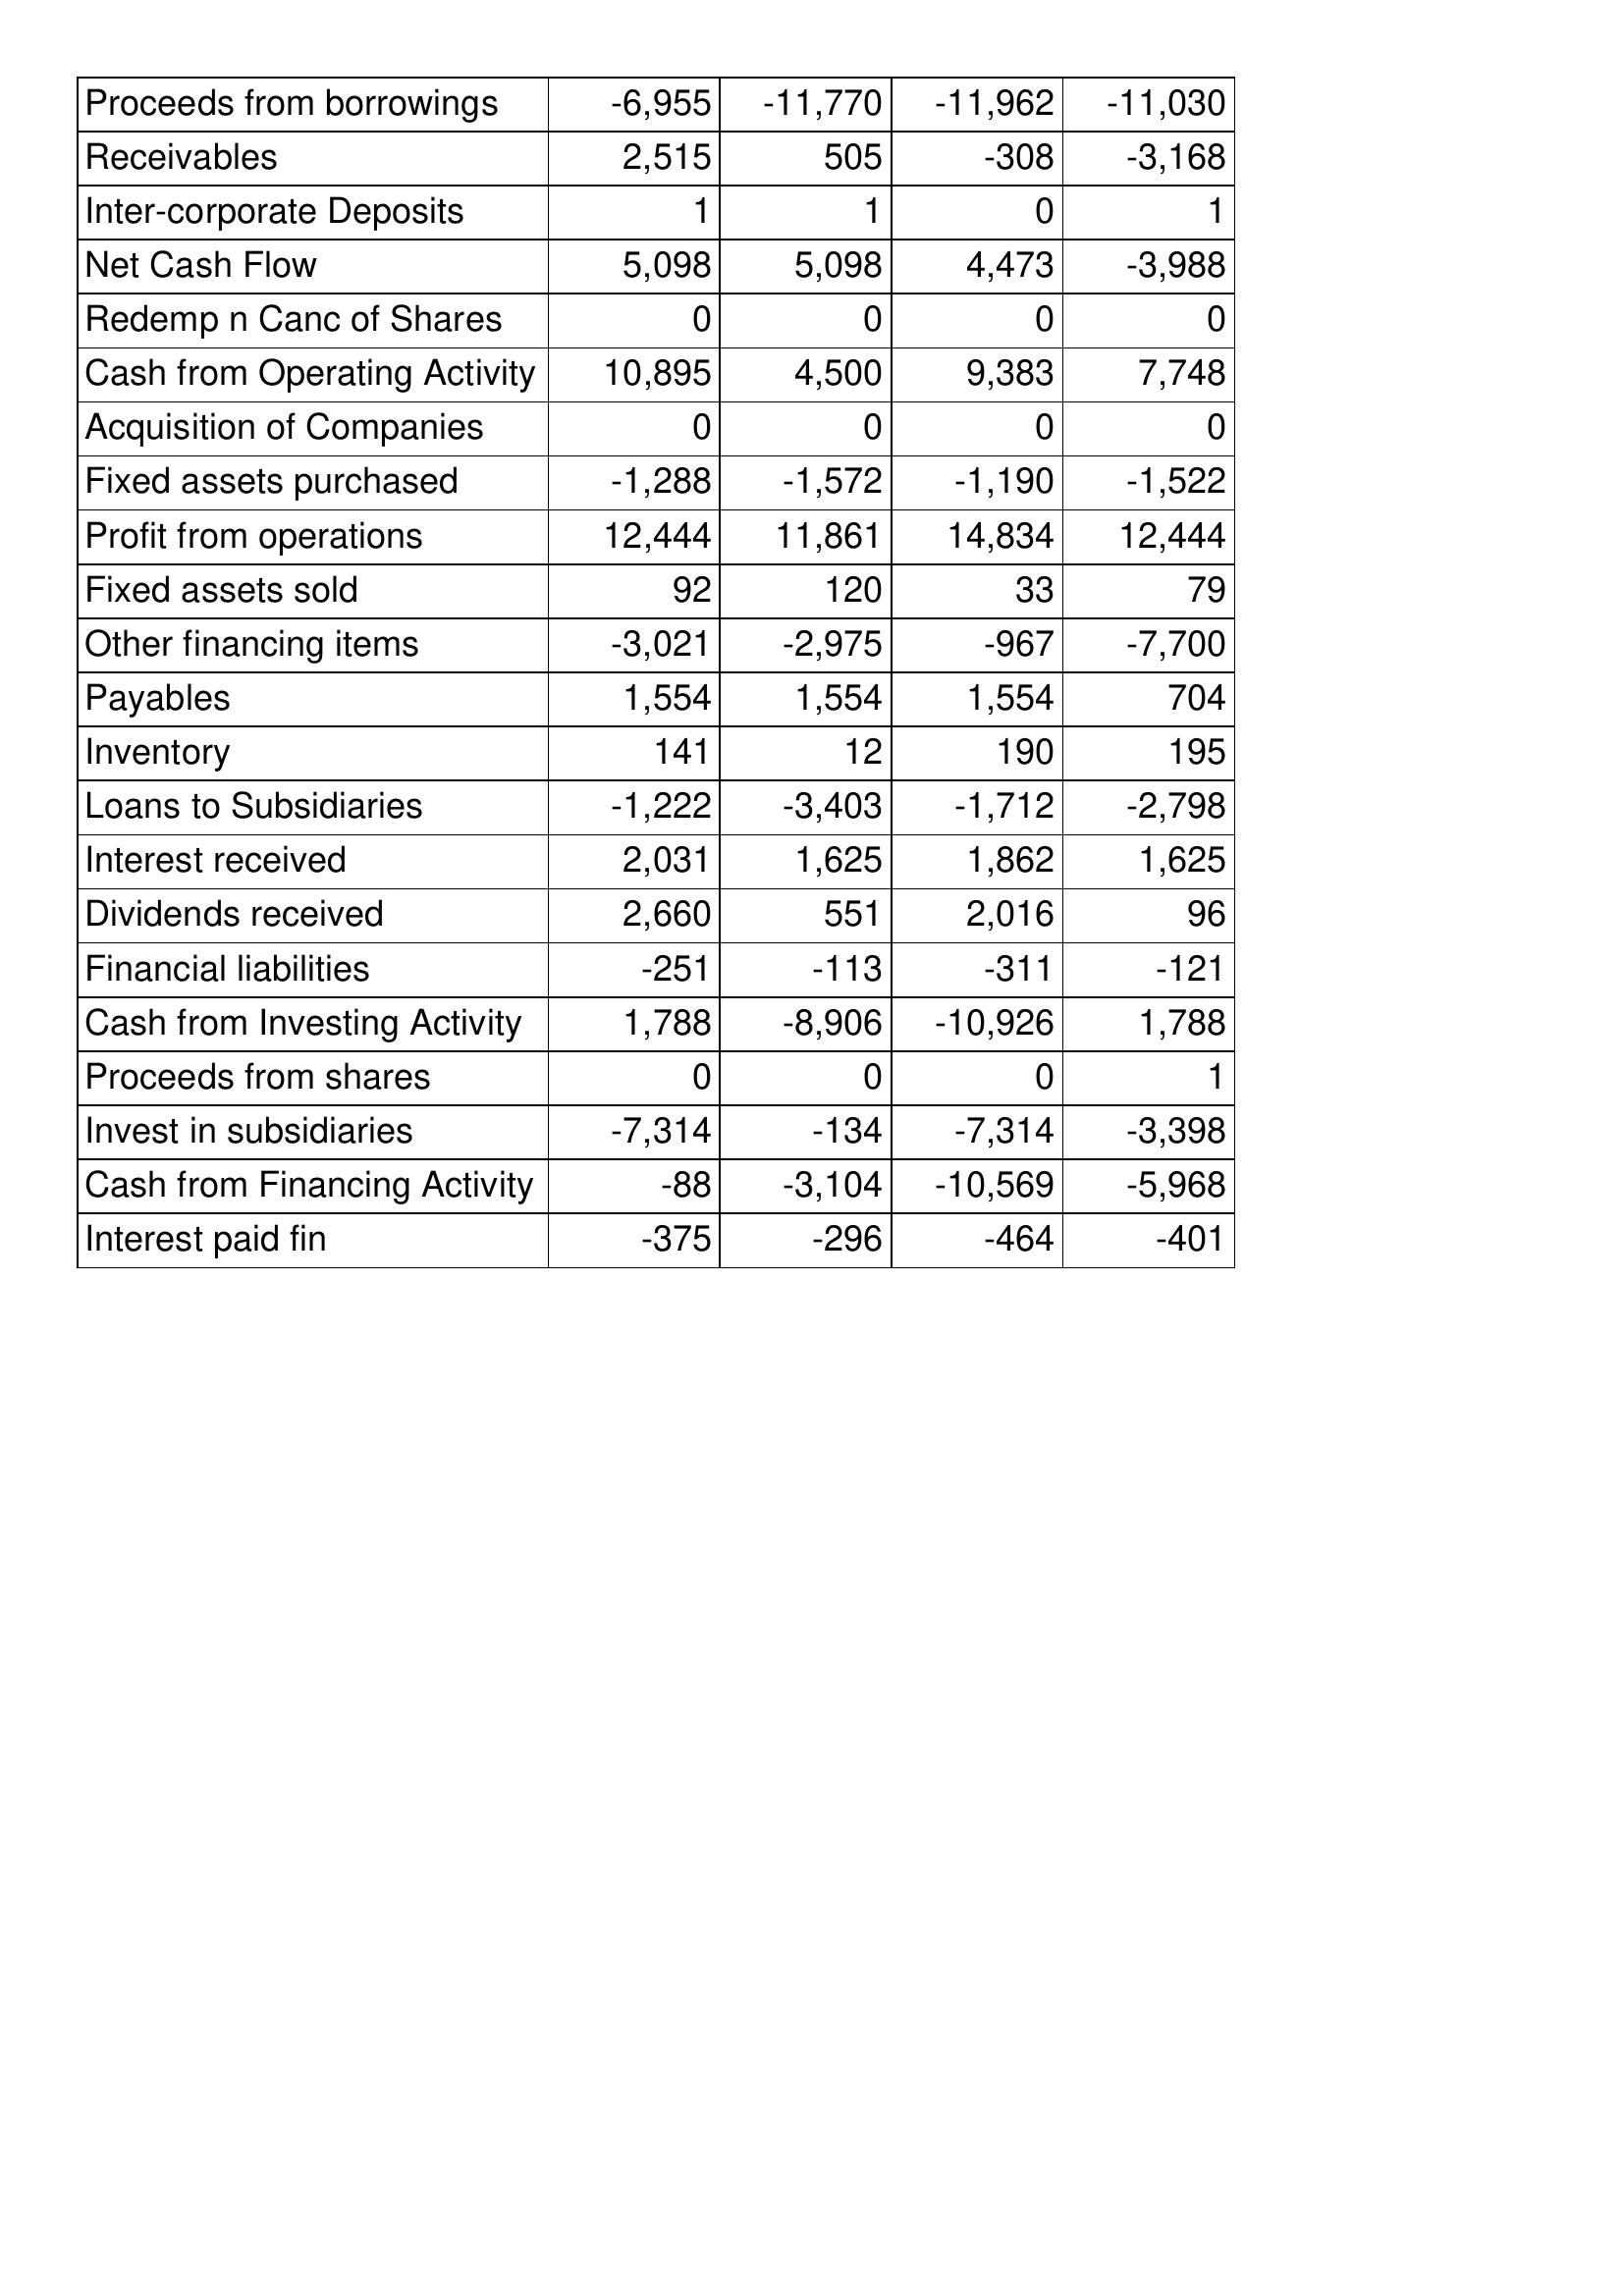
May-15: Cash Flows: Proceeds from borrowings: -6,955
Receivables: 2,515
Inter-corporate Deposits: 1
Net Cash Flow: 5,098
Redemp n Canc of Shares: 0
Cash from Operating Activity: 10,895
Acquisition of Companies: 0
Fixed assets purchased: -1,288
Profit from operations: 12,444
Fixed assets sold: 92
Other financing items: -3,021
Payables: 1,554
Inventory: 141
Loans to Subsidiaries: -1,222
Interest received: 2,031
Dividends received: 2,660
Financial liabilities: -251
Cash from Investing Activity: 1,788
Proceeds from shares: 0
Invest in subsidiaries: -7,314
Cash from Financing Activity: -88
Interest paid fin: -375
May-14: Cash Flows: Proceeds from borrowings: -11,770
Receivables: 505
Inter-corporate Deposits: 1
Net Cash Flow: 5,098
Redemp n Canc of Shares: 0
Cash from Operating Activity: 4,500
Acquisition of Companies: 0
Fixed assets purchased: -1,572
Profit from operations: 11,861
Fixed assets sold: 120
Other financing items: -2,975
Payables: 1,554
Inventory: 12
Loans to Subsidiaries: -3,403
Interest received: 1,625
Dividends received: 551
Financial liabilities: -113
Cash from Investing Activity: -8,906
Proceeds from shares: 0
Invest in subsidiaries: -134
Cash from Financing Activity: -3,104
Interest paid fin: -296
May-13: Cash Flows: Proceeds from borrowings: -11,962
Receivables: -308
Inter-corporate Deposits: 0
Net Cash Flow: 4,473
Redemp n Canc of Shares: 0
Cash from Operating Activity: 9,383
Acquisition of Companies: 0
Fixed assets purchased: -1,190
Profit from operations: 14,834
Fixed assets sold: 33
Other financing items: -967
Payables: 1,554
Inventory: 190
Loans to Subsidiaries: -1,712
Interest received: 1,862
Dividends received: 2,016
Financial liabilities: -311
Cash from Investing Activity: -10,926
Proceeds from shares: 0
Invest in subsidiaries: -7,314
Cash from Financing Activity: -10,569
Interest paid fin: -464
May-12: Cash Flows: Proceeds from borrowings: -11,030
Receivables: -3,168
Inter-corporate Deposits: 1
Net Cash Flow: -3,988
Redemp n Canc of Shares: 0
Cash from Operating Activity: 7,748
Acquisition of Companies: 0
Fixed assets purchased: -1,522
Profit from operations: 12,444
Fixed assets sold: 79
Other financing items: -7,700
Payables: 704
Inventory: 195
Loans to Subsidiaries: -2,798
Interest received: 1,625
Dividends received: 96
Financial liabilities: -121
Cash from Investing Activity: 1,788
Proceeds from shares: 1
Invest in subsidiaries: -3,398
Cash from Financing Activity: -5,968
Interest paid fin: -401